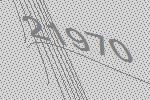
21970